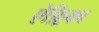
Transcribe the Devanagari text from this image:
ऐफ़्रिका